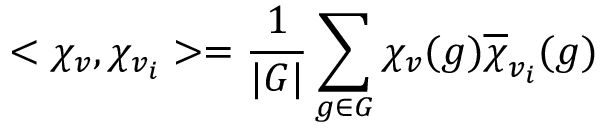
< \chi _ { v } , \chi _ { v _ { i } } > = { \frac { 1 } { | G | } } \sum _ { g \in G } \chi _ { v } ( g ) { \overline { { \chi } } } _ { v _ { i } } ( g )